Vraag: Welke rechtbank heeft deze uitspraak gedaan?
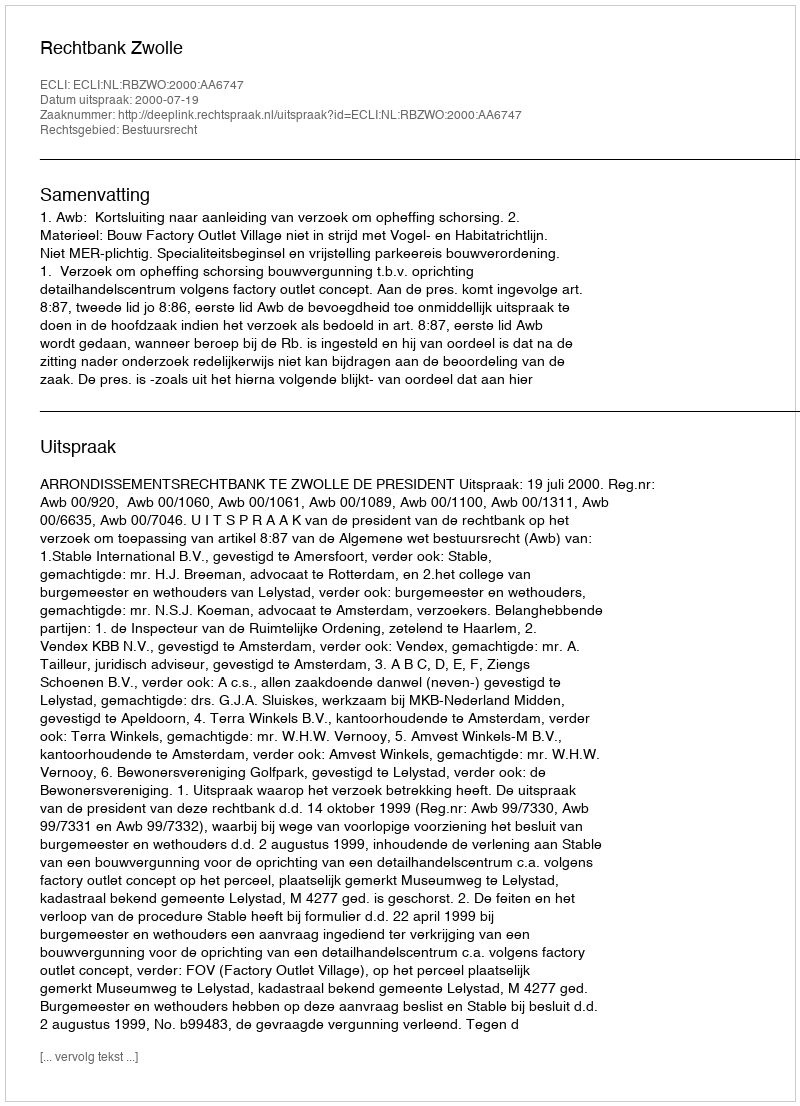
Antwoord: Rechtbank Zwolle